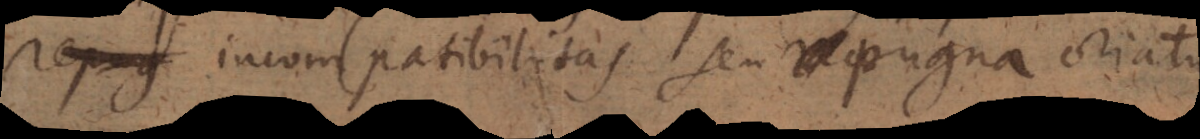
repug incompatibilitas seu repugna pugna